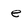
Character: e